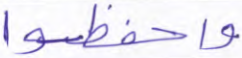
واحفظوا